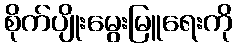
စိုက်ပျိုးမွေးမြူရေးကို